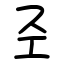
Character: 𢀖